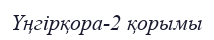
Үңгірқора-2 қорымы